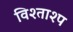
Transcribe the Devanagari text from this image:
विश्ताश्प